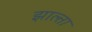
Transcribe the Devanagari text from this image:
झाल्ता